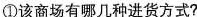
①该商场有哪几种进货方式?